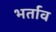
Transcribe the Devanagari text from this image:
भर्ताव